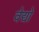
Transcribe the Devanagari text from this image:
वेद्यो